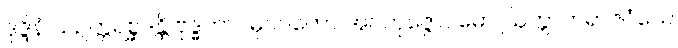
ဒုဒ္ဒိနံ သဥတ္တရစ္ဆဒန္တိ ဗုဒ္ဓဘာဝမုပဂတော အဝကုဇ္ဇောပမော ဩက္ကာကရာဇဝံသေ